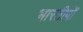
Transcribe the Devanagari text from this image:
भारतीयोँ